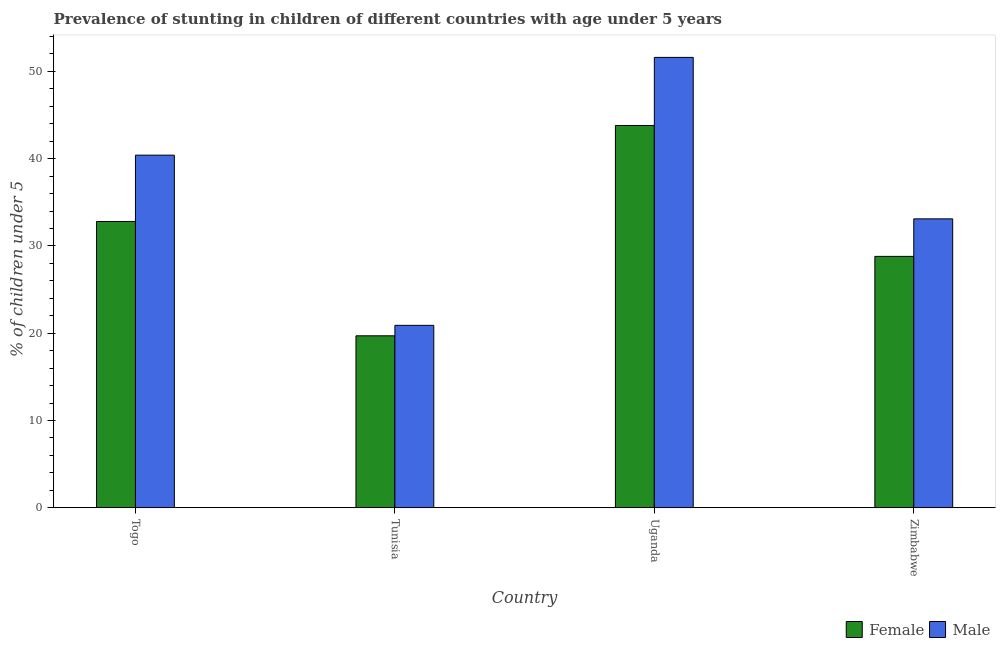
| Country | Female | Male |
 | --- | --- | --- |
 | Togo | 32.8 | 40.4 |
 | Tunisia | 19.7 | 20.9 |
 | Uganda | 43.8 | 51.6 |
 | Zimbabwe | 28.8 | 33.1 |